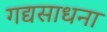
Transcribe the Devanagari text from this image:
गद्यसाधना